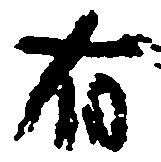
有